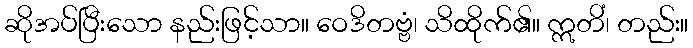
ဆိုအပ်ပြီးသော နည်းဖြင့်သာ။ ဝေဒိတဗ္ဗံ၊ သိထိုက်၏။ ဣတိံ၊ တည်း။